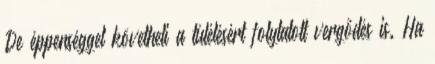
De éppenséggel követheti a túlélésért folytatott vergődés is. Ha